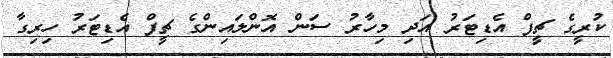
ކުރީގެ ޗީފް އެޑިޓަރު އަދި މިހާރު ސަން އޮންލައިންގެ ޗީފް އެޑިޓަރު ހިރިގާ